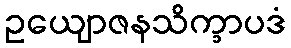
ဥယျောဇနသိက္ခာပဒံ